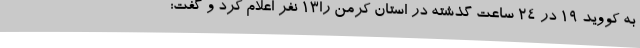
به کووید 19 در 24 ساعت گذشته در استان کرمن را13 نفر اعلام کرد و گفت: